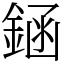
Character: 䤴